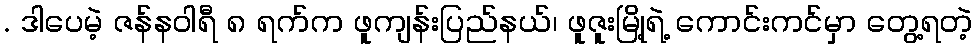
. ဒါပေမဲ့ ဇန်နဝါရီ ၈ ရက်က ဖူကျန်းပြည်နယ်၊ ဖူဇူးမြို့ရဲ့ ကောင်းကင်မှာ တွေ့ရတဲ့